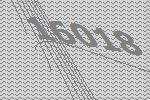
16018